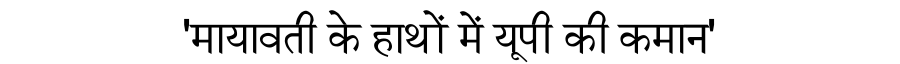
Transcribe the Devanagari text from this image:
'मायावती के हाथों में यूपी की कमान'